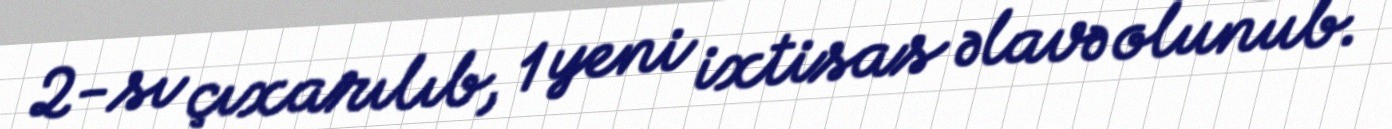
2-sı çıxarılıb, 1 yeni ixtisas əlavə olunub.